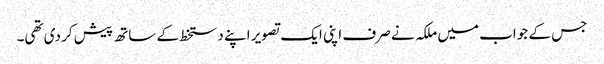
جس کے جواب میں ملکہ نے صرف اپنی ایک تصویر اپنے دستخط کے ساتھ پیش کر دی تھی۔